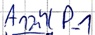
Text: nzahl P_1